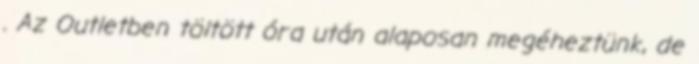
. Az Outletben töltött óra után alaposan megéheztünk, de